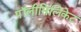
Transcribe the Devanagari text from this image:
पॉलीसिलिकेट